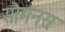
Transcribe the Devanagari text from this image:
सौमनसः